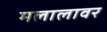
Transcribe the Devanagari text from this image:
मलालावर